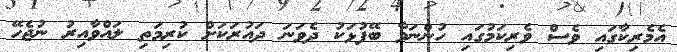
އެމެރިކާގައި ވެސް ވެރިކަމުގައި ހުންނަވާ ބޭފުޅަކު ދެވަނަ ދައުރަކަށް ކުރިމަތި ލައްވާއިރު ނުޖެހޭ